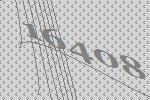
16408